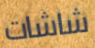
شاشات